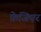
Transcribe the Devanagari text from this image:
फ्रेजिएर